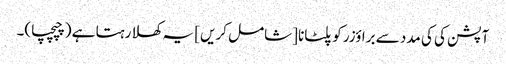
آپشن کی کی مدد سے براؤزر کو پلٹانا [شامل کریں] یہ کھلا رہتا ہے (چپچپا)۔